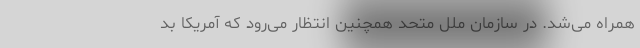
همراه می‌شد. در سازمان ملل متحد همچنین انتظار می‌رود که آمریکا بد